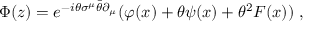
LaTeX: \Phi ( z ) = e ^ { - i \theta \sigma ^ { \mu } \bar { \theta } \partial _ { \mu } } ( \varphi ( x ) + \theta \psi ( x ) + \theta ^ { 2 } F ( x ) ) \, \, ,